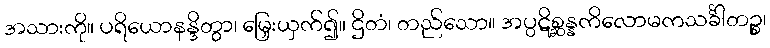
အသားကို။ ပရိယောနန္ဒိတွာ၊ မြှေးယှက်၍။ ဌိတံ၊ တည်သော။ အပ္ပဋိစ္ဆန္နကိလောမကသင်္ခါတဉ္စ၊